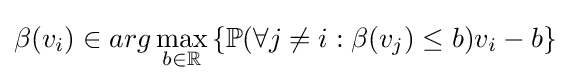
\beta (v_{i})\in arg\max _{b\in \mathbb {R} }\left\{\mathbb {P} (\forall j\neq i:\beta (v_{j})\leq b)v_{i}-b\right\}